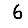
Digit: 6